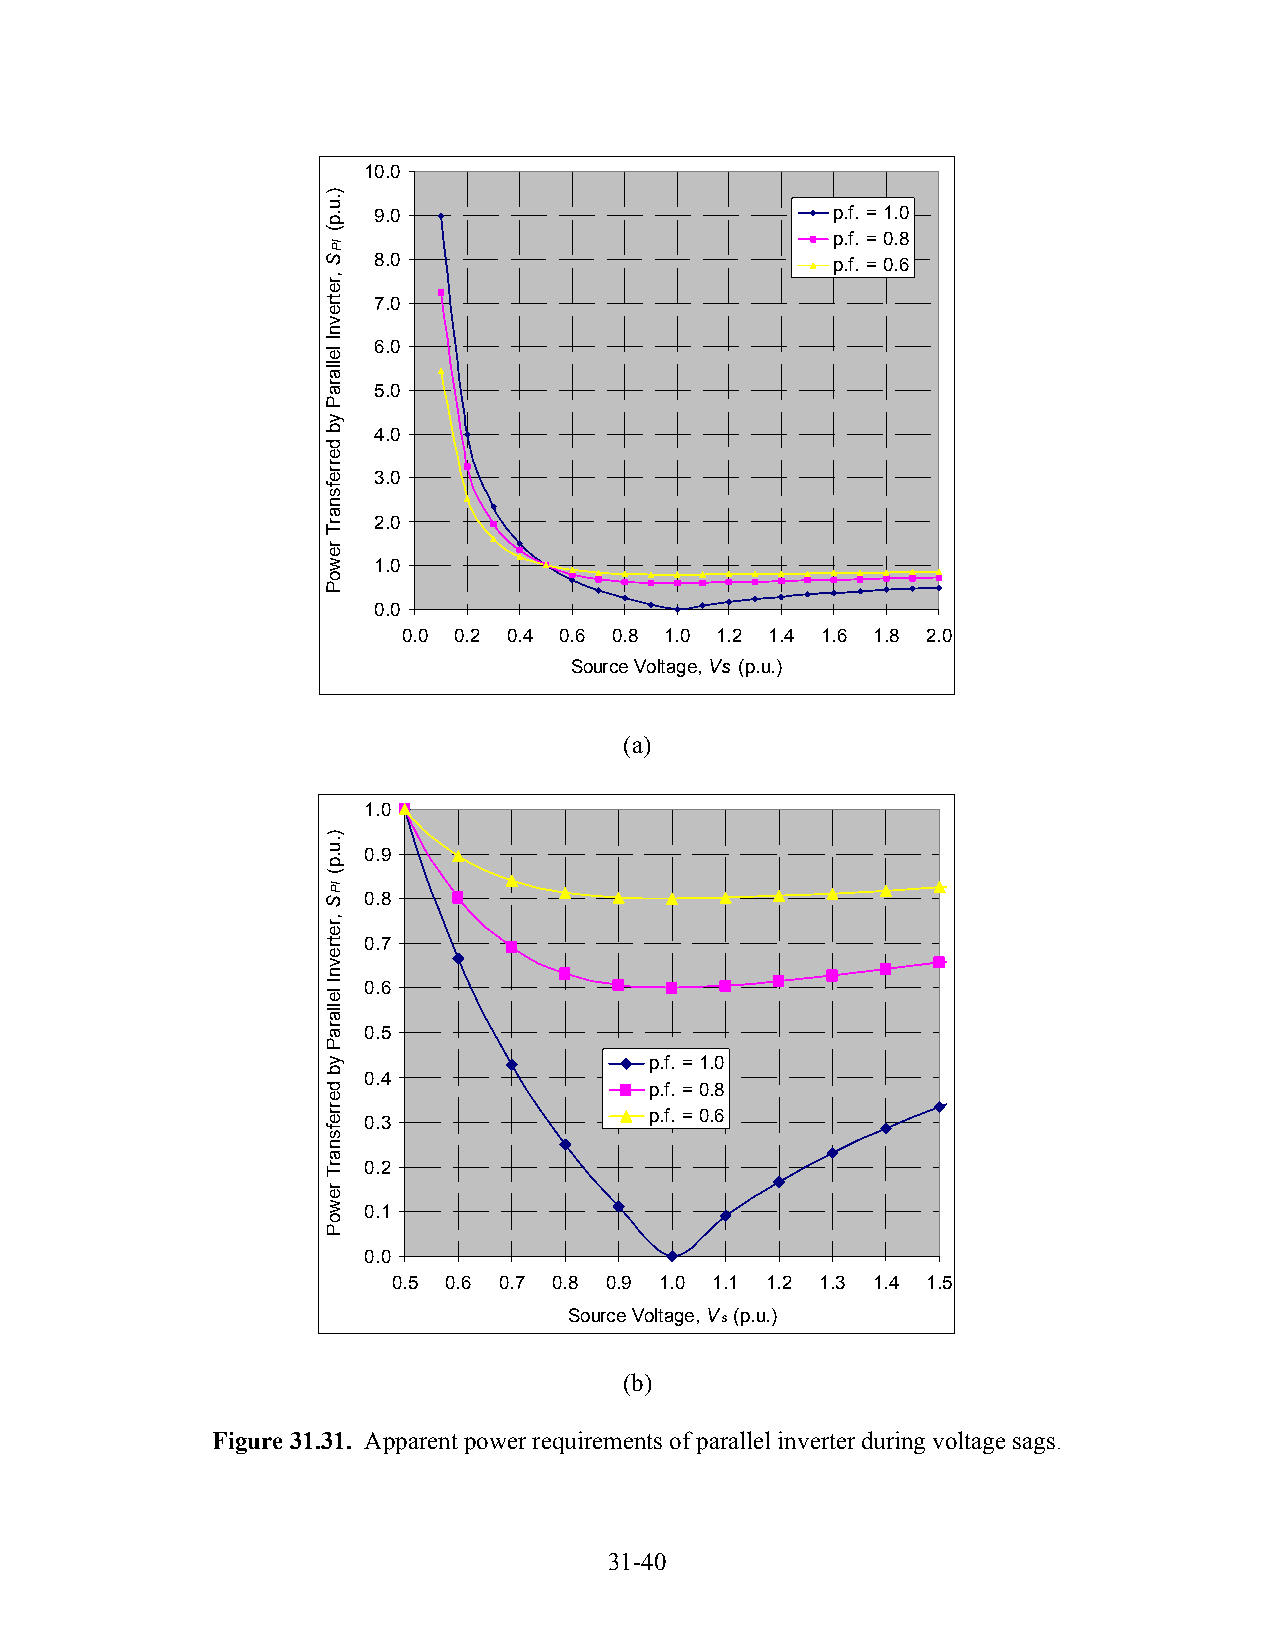
10.0
 9.0                           p.f. = 1.0
 p.f. = 0.8
 8.0                           p.f. = 0.6
 7.0
 6.0
 5.0
 4.0
 3.0
 2.0
 1.0
 0.0
 0.0 0.2 0.4 0.6 0.8 1.0 1.2 1.4 1.6 1.8 2.0
 Source Voltage, Vs (p.u.)
 (a)
 1.0
 0.9
 0.8
 0.7
 0.6
 0.5
 p.f. = 1.0
 0.4
 p.f. = 0.8
 p.f. = 0.6
 0.3
 0.2
 0.1
 0.0
 0.5 0.6 0.7 0.8 0.9 1.0 1.1 1.2 1.3 1.4 1.5
 Source Voltage, Vs (p.u.)
 (b)
 Figure 31.31. Apparent power requirements of parallel inverter during voltage sags.
 31-40
 ).u.p(
 IPS
 ,retrevnI
 lellaraP
 yb
 derrefsnarT
 rewoP
 ).u.p(
 IPS
 ,retrevnI
 lellaraP
 yb
 derrefsnarT
 rewoP